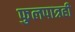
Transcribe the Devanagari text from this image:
फुलपात्रही